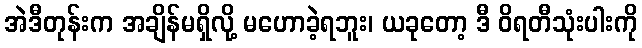
အဲဒီတုန်းက အချိန်မရှိလို့ မဟောခဲ့ရဘူး၊ ယခုတော့ ဒီ ဝိရတီသုံးပါးကို